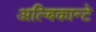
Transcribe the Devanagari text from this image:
अल्बिकान्टे